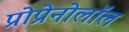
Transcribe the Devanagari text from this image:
प्रोप्रेनोलॉल